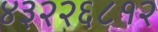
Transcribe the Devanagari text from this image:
४३२२६८१२